King Institute of Preventive Medicine Micro-Biological Section reports 1912-19
Year: 1912
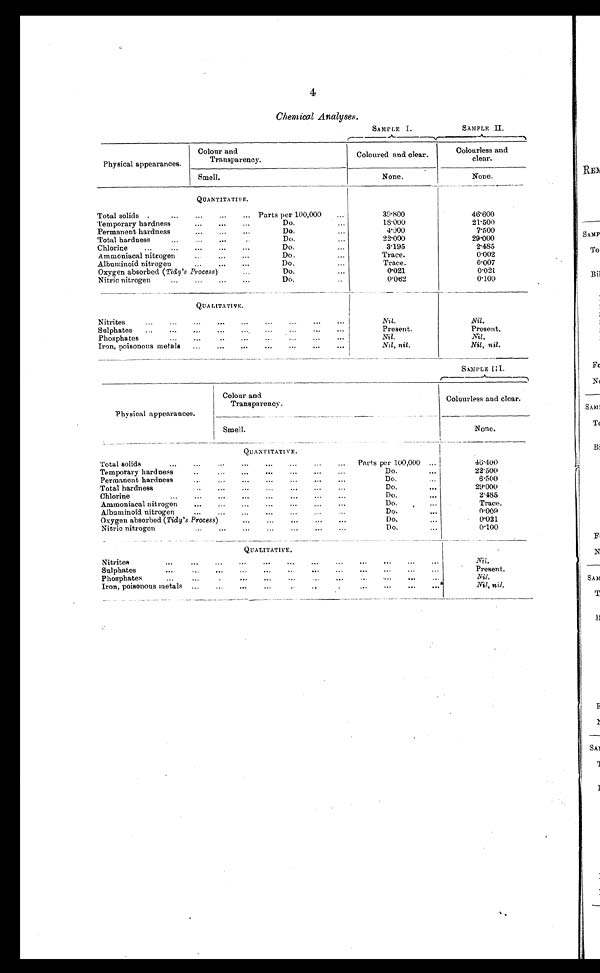
4
Chemical Analyses.
SAMPLE I.
SAMPLE II.
Physical appearances.
Colour and
Transparency.
Coloured and clear.
Colourless and
clear.
Smell.
None.
None.
QUANTITATIVE.
Total solids . . . .
Parts per 100,000. . .
39.800
46.600
Temporary hardness . . .
Do.. . .
18.000
21.500
Permanent hardness . . .
Do.. . .
4.000
7.500
Total hardness . . .
D o . . . .
22.000
29.000
Chlorine . . .
Do. . . .
3 . 1 9 5
2.485
Ammoniacal nitrogen . . .
Do. . . .
Trace.
0 . 0 0 2
Albuminoid nitrog . . .
Do. . . .
Trace.
0.007
Oxygen absorbed( Tidy's Process)
Do. . . .
0 . 0 2 1
0.021
Nitric nitrogen . . .
Do. . . .
0.062
0.100
QUALITATIVE.
Nitrites
. . .
Nil.
Nil.
Sulphates
. . .
Present.
Present.
Phosphates. . ..
Nil.
Nil.
Iron, poisonous metals . . .
Nil, nil.
Nil, nil.
SAMPLE III.
Physical appearances.
Colour and
Transparency.
Colourless and clear.
Smell.
None.
Q U A N T I T A T I V E .
T o t a l s o l i d s . . .
Parts per 100,000
46.400
T e m p o r a r y h a r d n e s s . . .
Do. . . .
22.500
Permanent hardness. . .
Do. . . .
6.500
Total hardness . . .
Do. . . .
29.000
Chlorine . . .
Do. . . .
2.485
Ammoniacal nitrogen
. . .
Do. . . .
Trace.
Albuminoid nitrogen . . .
Do. . . .
0.009
Oxygen absorbed (Tidy's Process)
. . .
Do. . . .
0.021
Nitric nitrogen . . .
Do. . . .
0.100
QUALITATIVE.
Nitrites . . .
Nil.
Sulphates . . .
Present.
Phosphates . . .
Nil.
Iron, poisonous metals . . .
Nil, nil.